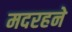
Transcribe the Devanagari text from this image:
मदरहने